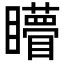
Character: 矒